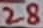
Text: 28